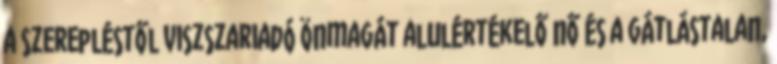
a szerepléstől viszszariadó önmagát alulértékelő nő és a gátlástalan,